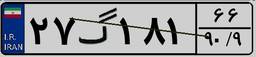
۲۷گ۱۸۱۶۶